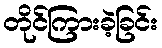
တိုင်ကြားခဲ့ခြင်း